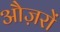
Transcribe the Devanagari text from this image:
औज़रों